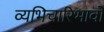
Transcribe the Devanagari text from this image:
व्यभिचारिभावों